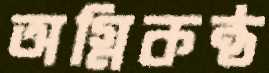
অগ্নিকন্ঠ